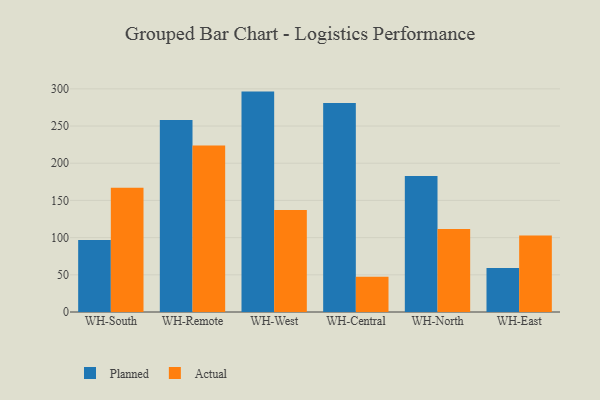
{"axis": {"x": "Warehouse", "y": "Inventory Turnover"}, "legend": ["Actual", "Planned"], "data": [{"x": "WH-South", "y": 96.8, "type": "Planned"}, {"x": "WH-South", "y": 167.1, "type": "Actual"}, {"x": "WH-Remote", "y": 258.1, "type": "Planned"}, {"x": "WH-Remote", "y": 223.7, "type": "Actual"}, {"x": "WH-West", "y": 296.3, "type": "Planned"}, {"x": "WH-West", "y": 137.2, "type": "Actual"}, {"x": "WH-Central", "y": 281.1, "type": "Planned"}, {"x": "WH-Central", "y": 47.3, "type": "Actual"}, {"x": "WH-North", "y": 182.9, "type": "Planned"}, {"x": "WH-North", "y": 111.5, "type": "Actual"}, {"x": "WH-East", "y": 59.0, "type": "Planned"}, {"x": "WH-East", "y": 102.8, "type": "Actual"}]}